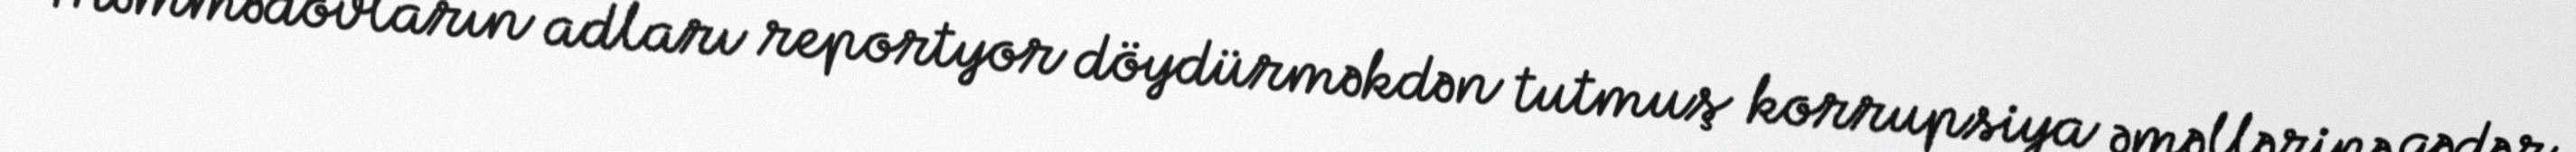
“Məmmədovların adları reportyor döydürməkdən tutmuş korrupsiya əməllərinə qədər